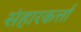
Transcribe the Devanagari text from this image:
संहारकर्त्ता